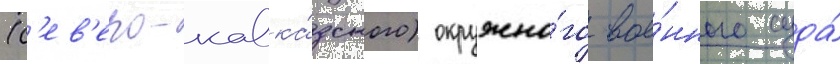
(с'ев'еро-кавка́зского) окружно́го вое́нного суда́